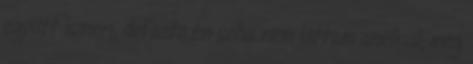
együtt ismeri, defacto én soha nem láttam anélkül, még